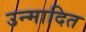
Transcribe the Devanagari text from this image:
उन्मादित